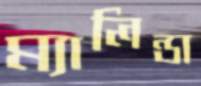
ম্যালিন্ডা